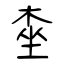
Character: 桽